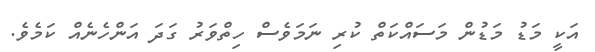
އަކީ މަޑު މަޑުން މަސައްކަތް ކުރި ނަމަވެސް ހިތްވަރު ގަދަ އަންހެނެއް ކަމެވެ.